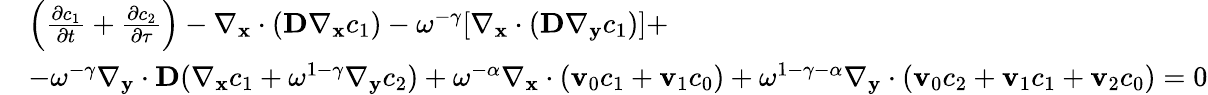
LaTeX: \begin{array}{rl}&{\left(\frac{\partial c_{1}}{\partial t}+\frac{\partial c_{2}}{\partial\tau}\right)-\nabla_{\mathbf x}\cdot(\textbf{D}\nabla_{\mathbf x}c_{1})-\omega^{-\gamma}[\nabla_{\mathbf x}\cdot(\textbf{D}\nabla_{\mathbf y}c_{1})]+}\\ &{-\omega^{-\gamma}\nabla_{\mathbf y}\cdot\textbf{D}(\nabla_{\mathbf x}c_{1}+\omega^{1-\gamma}\nabla_{\mathbf y}c_{2})+\omega^{-\alpha}\nabla_{\mathbf x}\cdot(\mathbf v_{0}c_{1}+\mathbf v_{1}c_{0})+\omega^{1-\gamma-\alpha}\nabla_{\mathbf y}\cdot(\mathbf v_{0}c_{2}+\mathbf v_{1}c_{1}+\mathbf v_{2}c_{0})=0}\end{array}